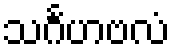
သင်္ဂဟဗလံ